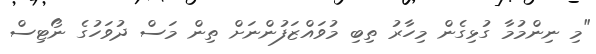
"މި ނިންމުމާ ގުޅިގެން މިހާރު ތިބި މުވައްޒަފުންނަށް ތިން މަސް ދުވަހުގެ ނޯޓިސް